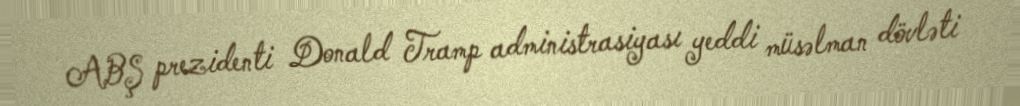
ABŞ prezidenti Donald Tramp administrasiyası yeddi müsəlman dövləti